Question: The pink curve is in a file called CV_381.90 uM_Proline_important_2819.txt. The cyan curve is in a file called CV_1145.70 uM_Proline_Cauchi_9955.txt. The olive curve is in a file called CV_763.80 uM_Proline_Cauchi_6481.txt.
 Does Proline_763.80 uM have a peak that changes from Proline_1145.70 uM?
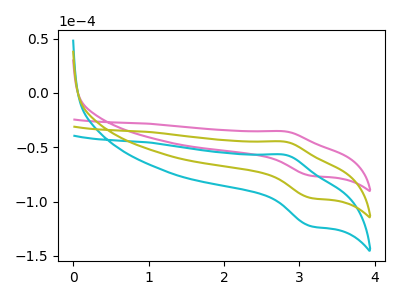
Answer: <think>The pink curve "Proline_381.90 uM" has an anodic peak at (2.80V, -35.45uA) and a cathodic peak at (3.15V, -76.20uA). The cyan curve "Proline_1145.70 uM" has an anodic peak at (2.80V, -89.90uA) and a cathodic peak at (3.15V, -193.35uA). The olive curve "Proline_763.80 uM" has an anodic peak at (2.80V, -44.95uA) and a cathodic peak at (3.15V, -96.70uA).
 All the peaks in "Proline_763.80 uM" have a peak in "Proline_1145.70 uM" at the same potential.</think>
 <answer>No, "Proline_763.80 uM" and "Proline_1145.70 uM" don't appear to be significantly different in shape</answer>
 <eval>no_change</eval>